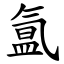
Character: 氲